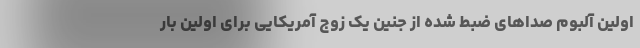
اولین آلبوم صداهای ضبط شده از جنین یک زوج آمریکایی برای اولین بار